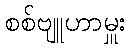
စစ်ဗျူဟာမှူး